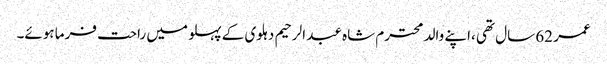
عمر 62 سال تھی ،اپنے والد محترم شاہ عبد الرحیم دہلوی کے پہلو میں راحت فرما ہوئے۔